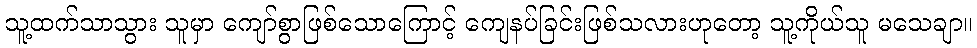
သူ့ထက်သာသွား သူမှာ ကျော်စွာဖြစ်သောကြောင့် ကျေနပ်ခြင်းဖြစ်သလားဟုတော့ သူ့ကိုယ်သူ မသေချာ။